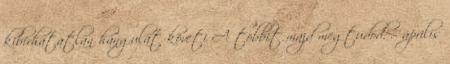
kibírhatatlan hangulat követi A többit majd megtudod. :- április